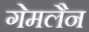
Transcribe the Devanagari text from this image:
गेमलैन